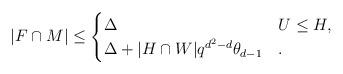
LaTeX: \begin{align*}|F\cap M|\le\begin{cases}\Delta &U\le H,\\\Delta+|H\cap W|q^{d^2-d}\theta_{d-1} &.\end{cases}\end{align*}